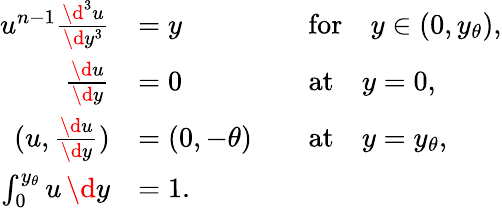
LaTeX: \begin{array}{rlrl}{u^{n-1}\frac{\d^{3}u}{\d y^{3}}}&{=y}&&{\mathrm{for}\quad y\in(0,y_{\theta}),}\\ {\frac{\d u}{\d y}}&{=0}&&{\mathrm{at}\quad y=0,}\\ {(u,\frac{\d u}{\d y})}&{=(0,-\theta)}&&{\mathrm{at}\quad y=y_{\theta},}\\ {\int_{0}^{y_{\theta}}u\, \d y}&{=1.}\end{array}